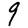
Digit: 9